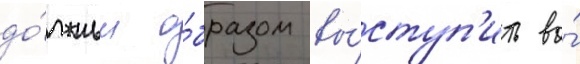
до́лжным о́бразом вы́ступ'ить во́